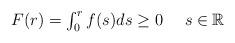
LaTeX: \begin{align*} \textstyle F(r)=\int_{0}^{r}f(s)ds\ge0 \ \ \ \ s\in \mathbb{R}\end{align*}